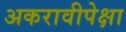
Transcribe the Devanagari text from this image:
अकरावीपेक्षा